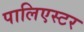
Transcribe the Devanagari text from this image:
पालिएस्टर